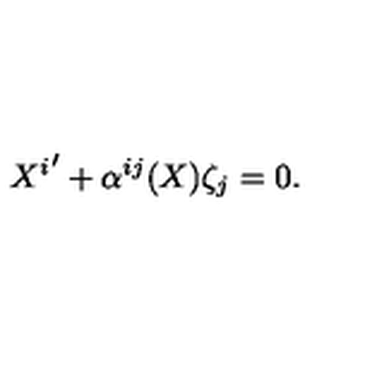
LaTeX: { X ^ { i } } ^ { \prime } + \alpha ^ { i j } ( X ) \zeta _ { j } = 0 .